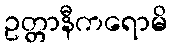
ဥတ္တာနီကရောမိ